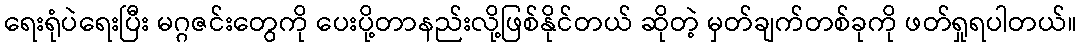
ရေးရုံပဲရေးပြီး မဂ္ဂဇင်းတွေကို ပေးပို့တာနည်းလို့ဖြစ်နိုင်တယ် ဆိုတဲ့ မှတ်ချက်တစ်ခုကို ဖတ်ရှုရပါတယ်။